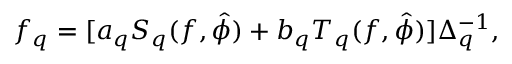
f _ { q } = [ a _ { q } S _ { q } ( f , \hat { \phi } ) + b _ { q } T _ { q } ( f , \hat { \phi } ) ] \Delta _ { q } ^ { - 1 } ,